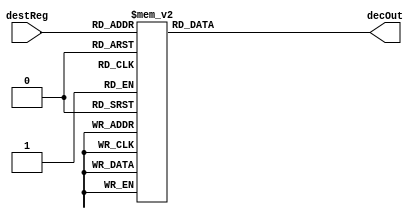
module decoder4to16(input [3:0] destReg, output reg [15:0] decOut);
	always @ (destReg)
	begin
		case(destReg)
			4'd0:	decOut=16'b0000000000000001;
			4'd1:	decOut=16'b0000000000000010;
			4'd2:	decOut=16'b0000000000000100;
			4'd3:	decOut=16'b0000000000001000;
			4'd4:	decOut=16'b0000000000010000;
			4'd5:	decOut=16'b0000000000100000;
			4'd6:	decOut=16'b0000000001000000;
			4'd7:	decOut=16'b0000000010000000;
			4'd8:	decOut=16'b0000000100000000;
			4'd9:	decOut=16'b0000001000000000;
			4'd10:	decOut=16'b0000010000000000;
			4'd11:	decOut=16'b0000100000000000;
			4'd12:	decOut=16'b0001000000000000;
			4'd13:	decOut=16'b0010000000000000;
			4'd14:	decOut=16'b0100000000000000;
			4'd15:	decOut=16'b1000000000000000;
		endcase
	end
endmodule